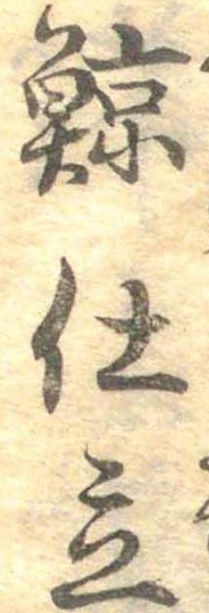
鯨仕立